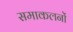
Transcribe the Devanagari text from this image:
समाकलनों